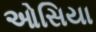
ઓસિયા